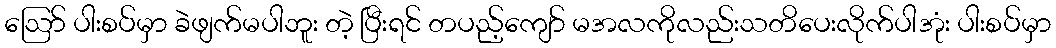
ဪ ပါးစပ်မှာ ခဲဖျက်မပါဘူး တဲ့ ပြီးရင် တပည့်ကျော် မအလကိုလည်းသတိပေးလိုက်ပါအုံး ပါးစပ်မှာ